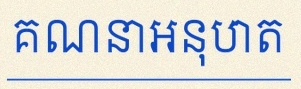
គណនាអនុបាត